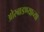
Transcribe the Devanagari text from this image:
ओरबाडण्याच्या